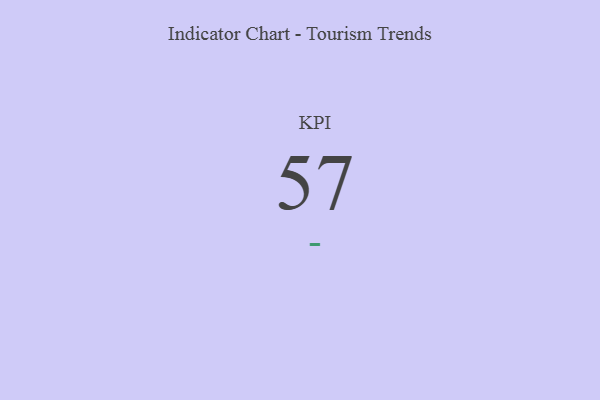
{"axis": {"x": "KPI", "y": "Value"}, "legend": [""], "data": [{"x": "KPI", "y": 57, "type": ""}]}